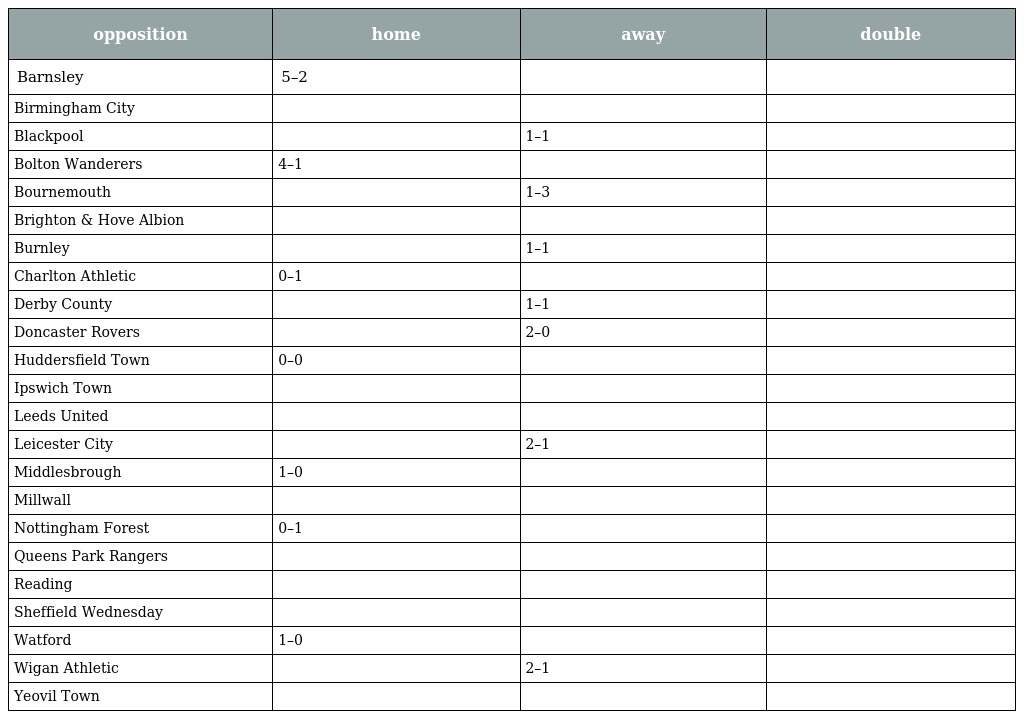
| opposition | home | away | double |
 | --- | --- | --- | --- |
 | Barnsley | 5–2 |  |  |
 | Birmingham City |  |  |  |
 | Blackpool |  | 1–1 |  |
 | Bolton Wanderers | 4–1 |  |  |
 | Bournemouth |  | 1–3 |  |
 | Brighton & Hove Albion |  |  |  |
 | Burnley |  | 1–1 |  |
 | Charlton Athletic | 0–1 |  |  |
 | Derby County |  | 1–1 |  |
 | Doncaster Rovers |  | 2–0 |  |
 | Huddersfield Town | 0–0 |  |  |
 | Ipswich Town |  |  |  |
 | Leeds United |  |  |  |
 | Leicester City |  | 2–1 |  |
 | Middlesbrough | 1–0 |  |  |
 | Millwall |  |  |  |
 | Nottingham Forest | 0–1 |  |  |
 | Queens Park Rangers |  |  |  |
 | Reading |  |  |  |
 | Sheffield Wednesday |  |  |  |
 | Watford | 1–0 |  |  |
 | Wigan Athletic |  | 2–1 |  |
 | Yeovil Town |  |  |  |